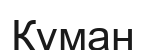
Құман